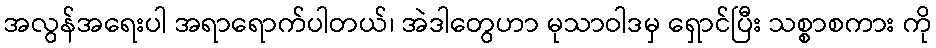
အလွန်အရေးပါ အရာရောက်ပါတယ်၊ အဲဒါတွေဟာ မုသာဝါဒမှ ရှောင်ပြီး သစ္စာစကား ကို